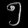
Digit: ၅